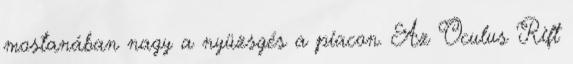
mostanában nagy a nyüzsgés a piacon. Az Oculus Rift